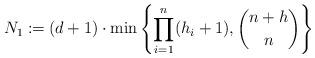
LaTeX: \begin{align*}N_1 \coloneqq (d+1) \cdot \min \left\{ \prod_{i=1}^n (h_i+1) , \binom{n+h}{n} \right\}\end{align*}